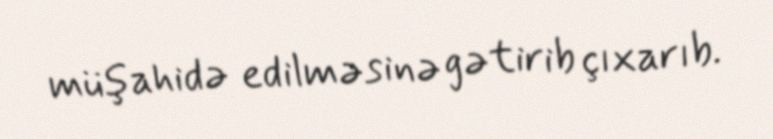
müşahidə edilməsinə gətirib çıxarıb.